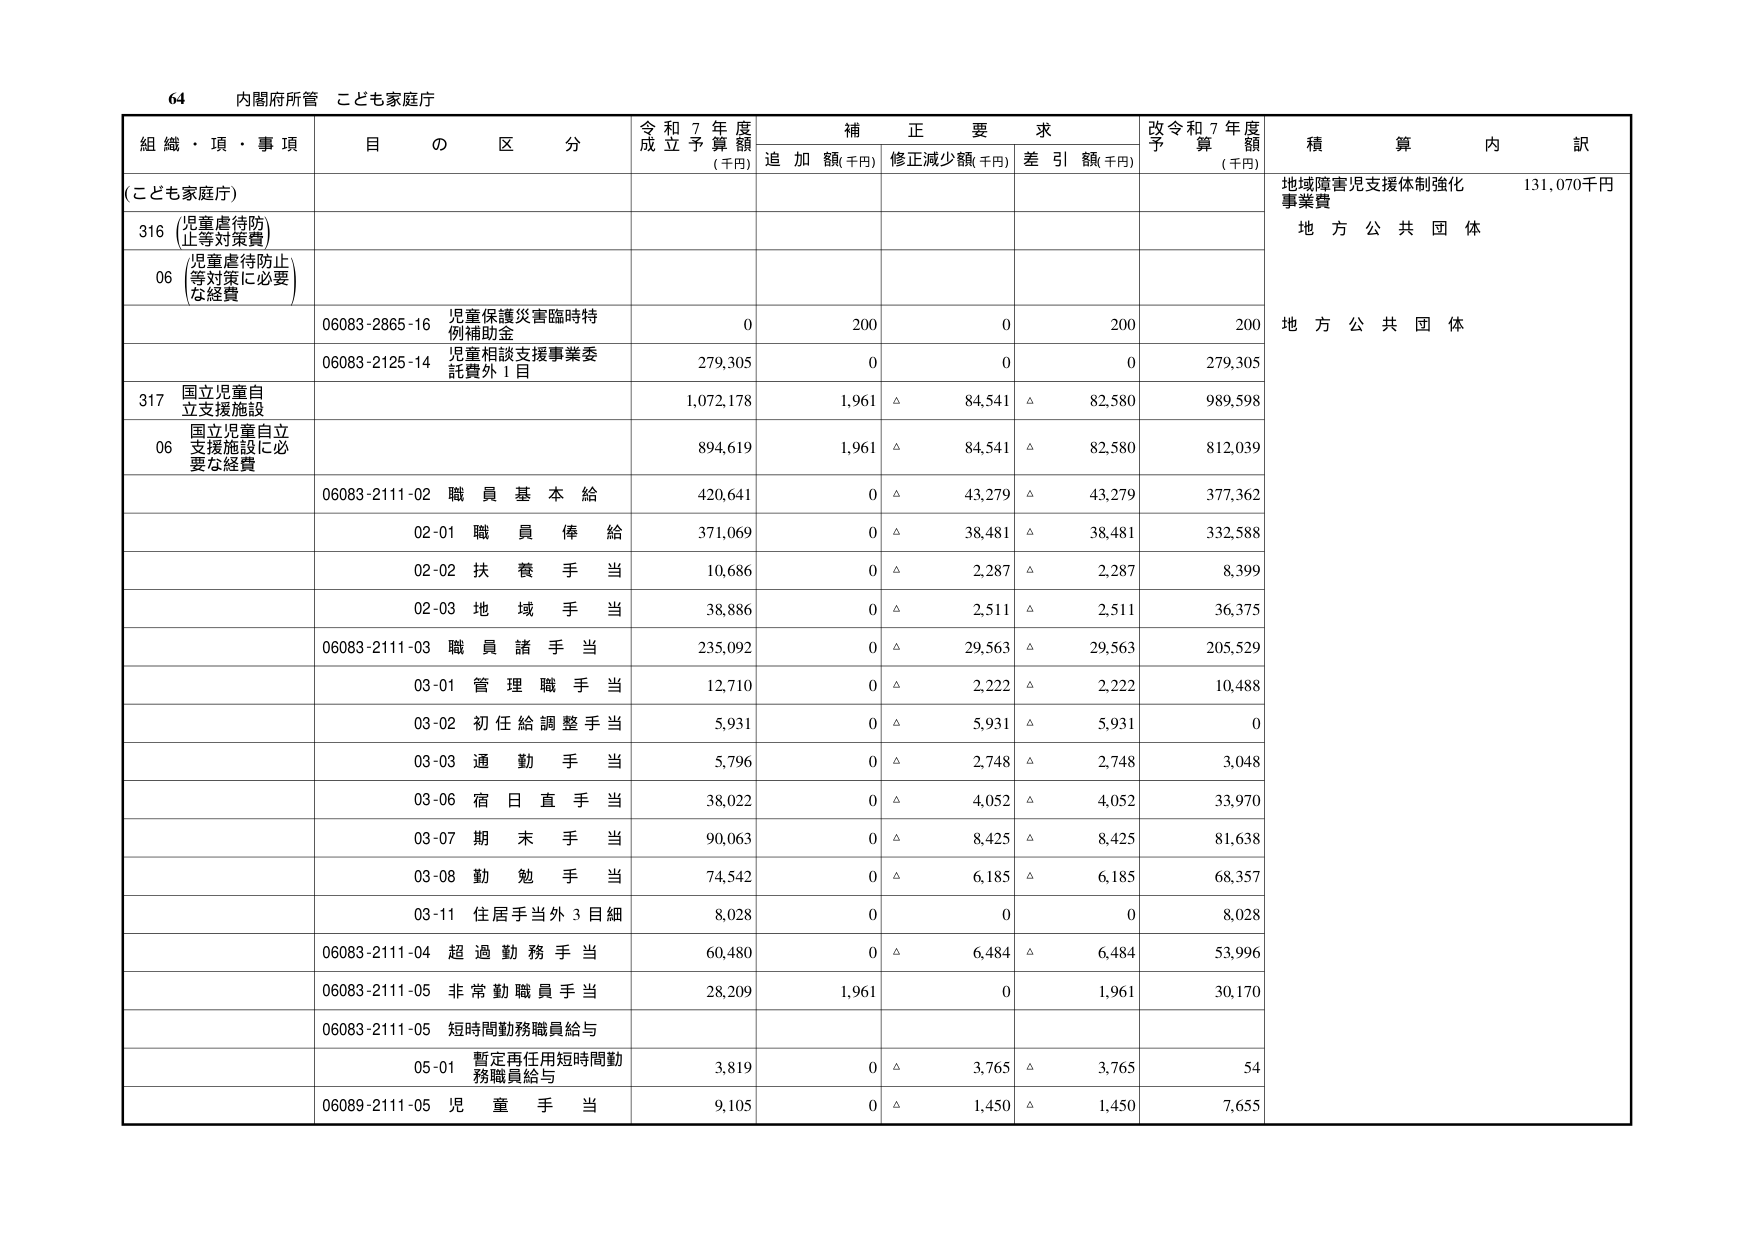
64 内閣府所管 こども家庭庁

組織・項・事項 目の区分 令和7年度成立予算額(千円) 補正要求 追加額(千円) 修正減少額(千円) 差引額(千円) 改令和7年度予算額(千円) 積算内訳

(こども家庭庁)

316 児童虐待防止等対策費

06 児童虐待防止等対策に必要な経費

06083-2865-16 児童保護災害臨時特例補助金 0 200 0 200 200 地方公共団体

06083-2125-14 児童相談支援事業委託費外1目 279,305 0 0 0 279,305

317 国立児童自立支援施設

06 国立児童自立支援施設に必要な経費

1,072,178 1,961 △ 84,541 △ 82,580 989,598

894,619 1,961 △ 84,541 △ 82,580 812,039

06083-2111-02 職員基本給 420,641 0 △ 43,279 △ 43,279 377,362

02-01 職員俸給 371,069 0 △ 38,481 △ 38,481 332,588

02-02 扶養手当 10,686 0 △ 2,287 △ 2,287 8,399

02-03 地域手当 38,886 0 △ 2,511 △ 2,511 36,375

06083-2111-03 職員諸手当 235,092 0 △ 29,563 △ 29,563 205,529

03-01 管理職手当 12,710 0 △ 2,222 △ 2,222 10,488

03-02 初任給調整手当 5,931 0 △ 5,931 △ 5,931 0

03-03 通勤手当 5,796 0 △ 2,748 △ 2,748 3,048

03-06 宿日直手当 38,022 0 △ 4,052 △ 4,052 33,970

03-07 期末手当 90,063 0 △ 8,425 △ 8,425 81,638

03-08 勤勉手当 74,542 0 △ 6,185 △ 6,185 68,357

03-11 住居手当外3目細 8,028 0 0 0 8,028

06083-2111-04 超過勤務手当 60,480 0 △ 6,484 △ 6,484 53,996

06083-2111-05 非常勤職員手当 28,209 1,961 0 1,961 30,170

06083-2111-05 短時間勤務職員給与

05-01 暫定再任用短時間勤務職員給与 3,819 0 △ 3,765 △ 3,765 54

06089-2111-05 児童手当 9,105 0 △ 1,450 △ 1,450 7,655

地域障害児支援体制強化事業費 131,070千円
地方公共団体
地方公共団体